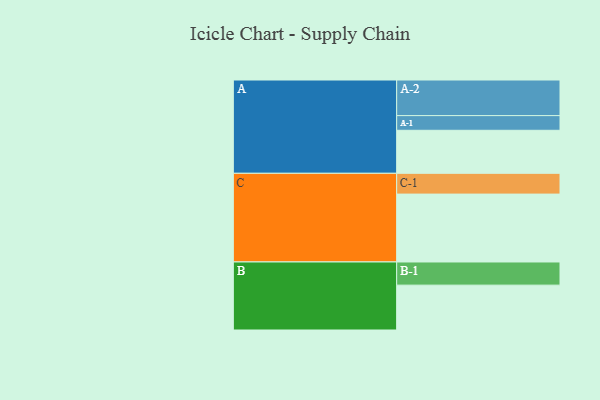
{"axis": {"x": "Segment", "y": "Value"}, "legend": ["", "A", "B", "C"], "data": [{"x": "A", "y": 325, "type": ""}, {"x": "B", "y": 339, "type": ""}, {"x": "C", "y": 513, "type": ""}, {"x": "A-1", "y": 111, "type": "A"}, {"x": "A-2", "y": 269, "type": "A"}, {"x": "B-1", "y": 175, "type": "B"}, {"x": "C-1", "y": 157, "type": "C"}]}